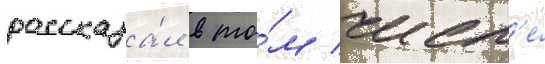
рассказа́л в то́м числ'е́